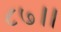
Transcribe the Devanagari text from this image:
८७।।